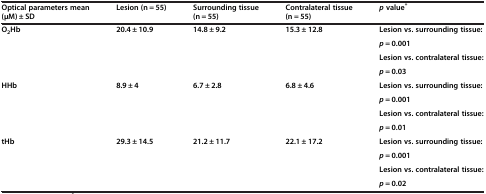
| Optical parameters mean (μM) ± SD | Lesion (n = 55) | Surrounding tissue (n = 55) | Contralateral tissue (n = 55) | p value* |
 | --- | --- | --- | --- | --- |
 | O2Hb | 20.4 ± 10.9 | 14.8 ± 9.2 | 15.3 ± 12.8 | Lesion vs. surrounding tissue: |
 |  |  |  |  | p = 0.001 |
 |  |  |  |  | Lesion vs. contralateral tissue: |
 |  |  |  |  | p = 0.03 |
 | HHb | 8.9 ± 4 | 6.7 ± 2.8 | 6.8 ± 4.6 | Lesion vs. surrounding tissue: |
 |  |  |  |  | p = 0.001 |
 |  |  |  |  | Lesion vs. contralateral tissue: |
 |  |  |  |  | p = 0.01 |
 | tHb | 29.3 ± 14.5 | 21.2 ± 11.7 | 22.1 ± 17.2 | Lesion vs. surrounding tissue: |
 |  |  |  |  | p = 0.001 |
 |  |  |  |  | Lesion vs. contralateral tissue: |
 |  |  |  |  | p = 0.02 |